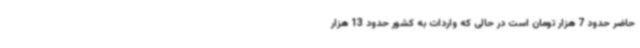
حاضر حدود 7 هزار تومان است در حالی که واردات به کشور حدود 13 هزار